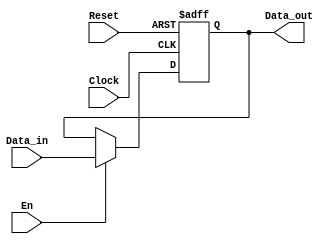
module register32b(output reg [31:0] Data_out,
		    input wire Clock,Reset,En,
        input wire [31:0] Data_in);
       
     always @ (posedge Clock or negedge Reset)
       begin
          if (!Reset)
             Data_out <= 32'd0;
          else 
            if (En)
              Data_out <= Data_in;
       end
endmodule

module testbench;
    reg [31:0] Data_in;
    reg Clock, Reset, En;
    wire [31:0] Data_out;
    register32b DUT(Data_out, Clock, Reset, En, Data_in);

    initial begin
        $monitor ($time, " Data_in = %b, Clock = %b, Reset = %b, En = %b, Data_out = %b", Data_in, Clock, Reset, En, Data_out);


        Clock = 1'b0;
        Reset = 1'b1;
        En = 1'b1;
         
        
        #10 Data_in = 32'd8;
        #10 Data_in = 32'd16;
        
        #10 Data_in = 32'd10;
        #10 Data_in = 32'd6;
        #10 Data_in = 32'd13;
        #10 $finish;
    end

   
    always #5 Clock = ~Clock;

endmodule